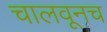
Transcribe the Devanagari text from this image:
चालवूनच